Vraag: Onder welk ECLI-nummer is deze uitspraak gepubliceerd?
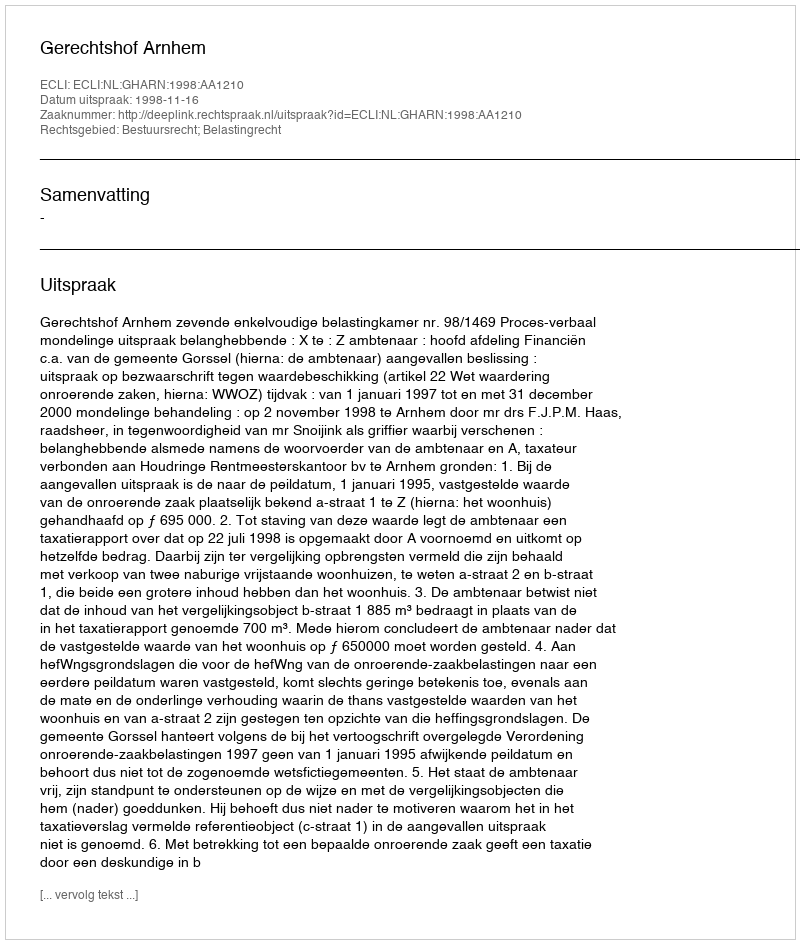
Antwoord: ECLI:NL:GHARN:1998:AA1210